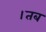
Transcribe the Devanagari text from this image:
।तब